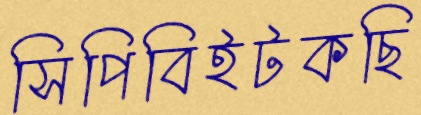
সিপিবিইটকছি